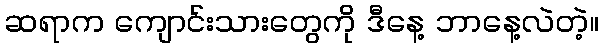
ဆရာက ကျောင်းသားတွေကို ဒီနေ့ ဘာနေ့လဲတဲ့။